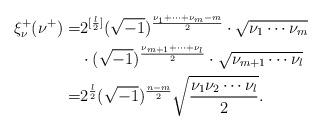
LaTeX: \begin{align*}\xi_{\nu}^{+}(\nu^{+})=&2^{[\frac{l}{2}]}(\sqrt{-1})^{\frac{\nu_1+\cdots+\nu_m-m}2}\cdot\sqrt{\nu_1\cdots\nu_m}\\&\cdot(\sqrt{-1})^{\frac{\nu_{m+1}+\cdots+\nu_l}2}\cdot\sqrt{\nu_{m+1}\cdots\nu_l}\\=&2^{\frac{l}{2}}(\sqrt{-1})^{\frac{n-m}{2}}\sqrt{\frac{\nu_1\nu_2\cdots\nu_l}{2}}.\end{align*}